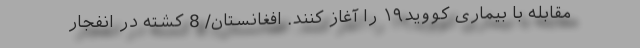
مقابله با بیماری کووید۱۹ را آغاز کنند. افغانستان/ 8 کشته در انفجار